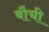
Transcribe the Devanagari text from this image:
बौची